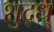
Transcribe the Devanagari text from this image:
शुद्ध्